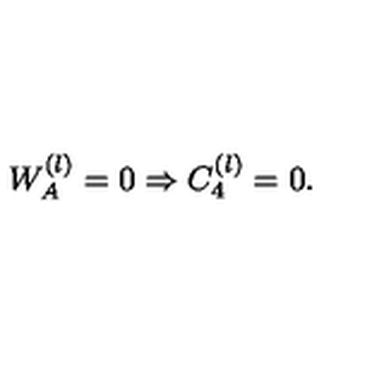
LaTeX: W _ { A } ^ { ( l ) } = 0 \Rightarrow C _ { 4 } ^ { ( l ) } = 0 .